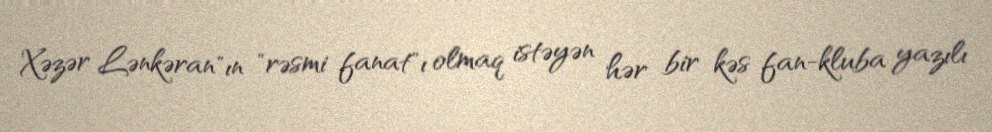
Xəzər Lənkəran"ın "rəsmi fanat"ı olmaq istəyən hər bir kəs fan-kluba yazılı